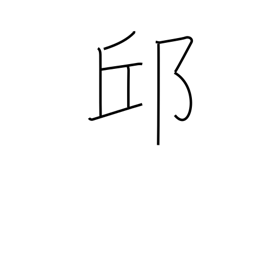
Meaning: hill